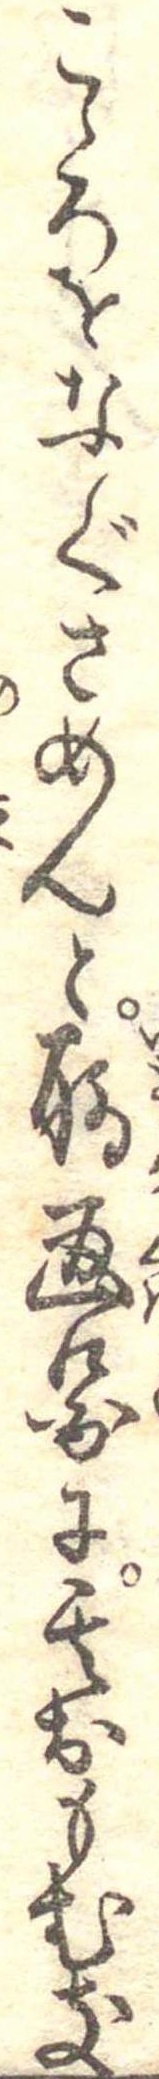
こゝろをなぐさめんと聊画図に其おもむき